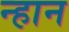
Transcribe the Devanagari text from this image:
न्हान